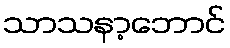
သာသနာ့ဘောင်